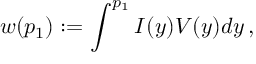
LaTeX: w ( p _ { 1 } ) : = \int ^ { p _ { 1 } } I ( y ) V ( y ) d y \, ,